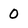
Character: 0